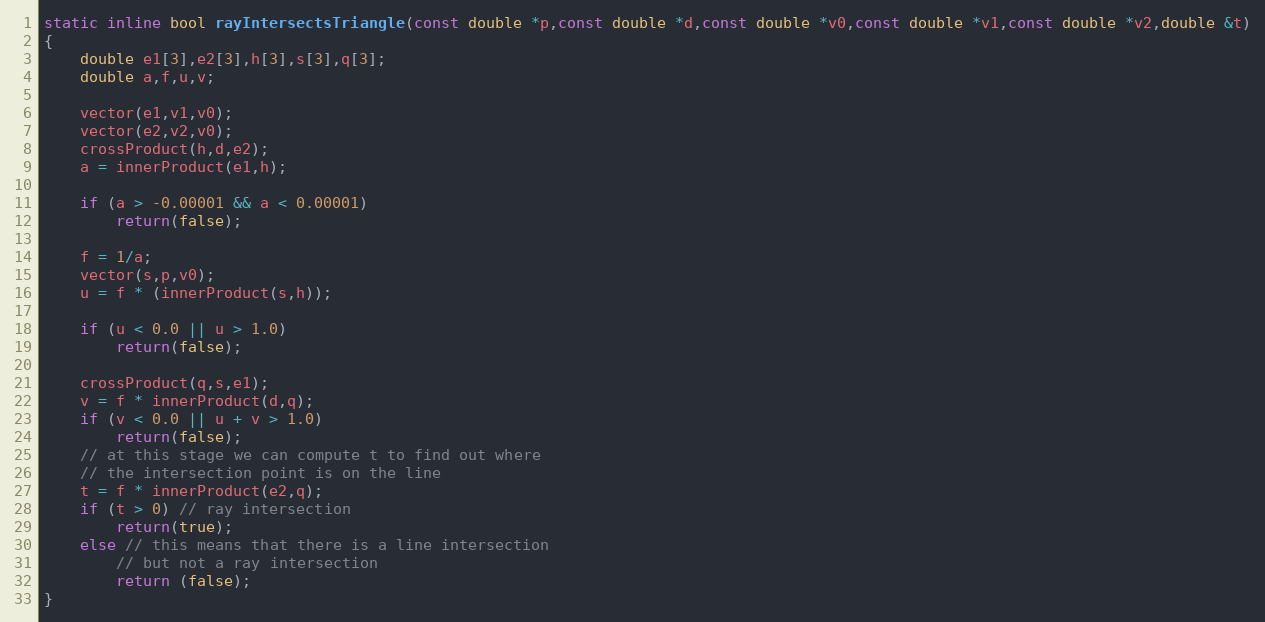
Language: C++
static inline bool rayIntersectsTriangle(const double *p,const double *d,const double *v0,const double *v1,const double *v2,double &t)
{
	double e1[3],e2[3],h[3],s[3],q[3];
	double a,f,u,v;

	vector(e1,v1,v0);
	vector(e2,v2,v0);
	crossProduct(h,d,e2);
	a = innerProduct(e1,h);

	if (a > -0.00001 && a < 0.00001)
		return(false);

	f = 1/a;
	vector(s,p,v0);
	u = f * (innerProduct(s,h));

	if (u < 0.0 || u > 1.0)
		return(false);

	crossProduct(q,s,e1);
	v = f * innerProduct(d,q);
	if (v < 0.0 || u + v > 1.0)
		return(false);
	// at this stage we can compute t to find out where
	// the intersection point is on the line
	t = f * innerProduct(e2,q);
	if (t > 0) // ray intersection
		return(true);
	else // this means that there is a line intersection
		// but not a ray intersection
		return (false);
}